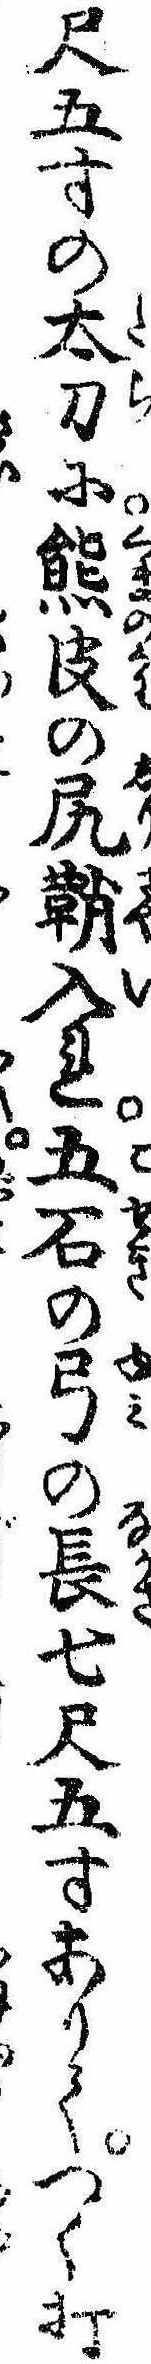
尺五寸の太刀に熊皮の尻鞘入れ五石の弓の長七尺五寸ありてつく打